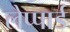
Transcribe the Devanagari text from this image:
लेप्पार्ड